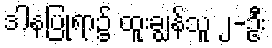
ဒါနပြုရာ၌ ထူးချွန်သူ ၂-ဦး